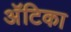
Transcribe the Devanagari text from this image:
अॅटिका